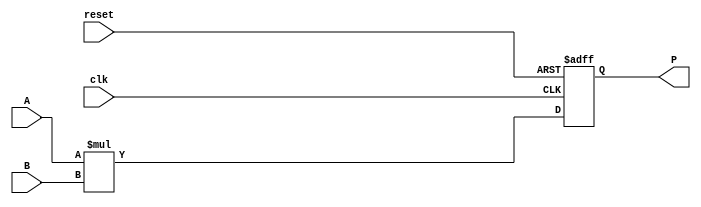
module parameterized_multiplier #(
    parameter WIDTH_A = 8, // Bit-width of operand A
    parameter WIDTH_B = 8, // Bit-width of operand B
    parameter WIDTH_P = WIDTH_A + WIDTH_B // Bit-width of the product
)(
    input  wire [WIDTH_A-1:0] A,    // First operand
    input  wire [WIDTH_B-1:0] B,    // Second operand
    input  wire clk,                 // Clock signal
    input  wire reset,               // Active-high reset
    output reg  [WIDTH_P-1:0] P      // Product output
);

    // Synchronous process for multiplication
    always @(posedge clk or posedge reset) begin
        if (reset) begin
            P <= 0; // Initialize product to zero on reset
        end else begin
            P <= A * B; // Compute product on clock edge
        end
    end

endmodule